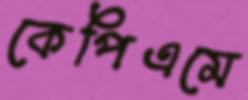
কেপিএমে